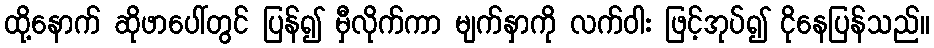
ထို့နောက် ဆိုဖာပေါ်တွင် ပြန်၍ မှီလိုက်ကာ မျက်နှာကို လက်ဝါး ဖြင့်အုပ်၍ ငိုနေပြန်သည်။